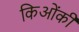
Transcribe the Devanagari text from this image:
किओंकी